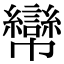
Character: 㡩